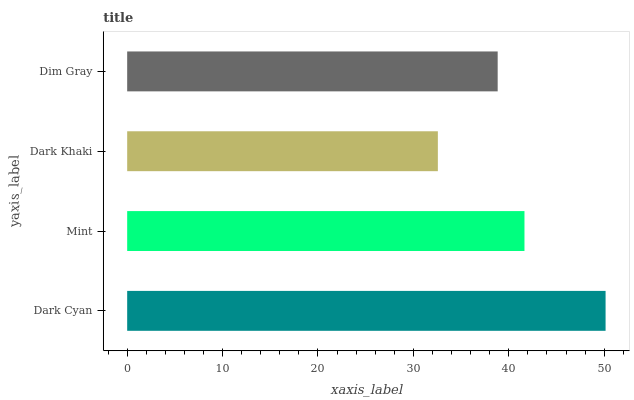
| yaxis_label | bars |
 | --- | --- |
 | Dark Cyan | 50.1 |
 | Mint | 41.6 |
 | Dark Khaki | 32.6 |
 | Dim Gray | 38.8 |